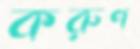
করুণ